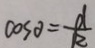
\cos \theta = \frac { d } { R }